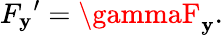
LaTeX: {F_{\mathbf{y}}}^{\prime}=\gammaF_{\mathbf{y}}.